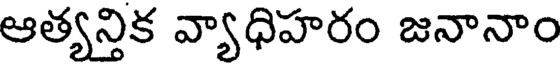
ఆత్యన్తిక వ్యాధిహరం జనానాం